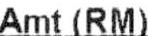
AMT(RM)